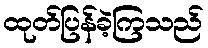
ထုတ်ပြန်ခဲ့ကြသည်